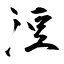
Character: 浢